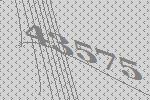
43575